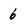
Character: 6